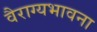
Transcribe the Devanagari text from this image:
वैराग्यभावना